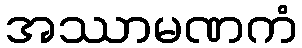
အဿာမဏကံ